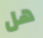
هل